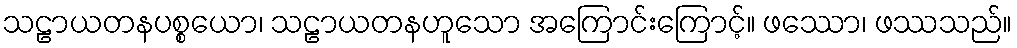
သဠာယတနပစ္စယော၊ သဠာယတနဟူသော အကြောင်းကြောင့်။ ဖဿော၊ ဖဿသည်။